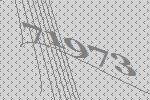
71973